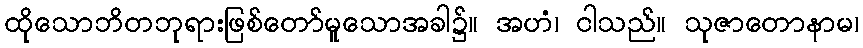
ထိုသောဘိတဘုရားဖြစ်တော်မူသောအခါ၌။ အဟံ၊ ငါသည်။ သုဇာတောနာမ၊